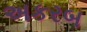
અકરબ